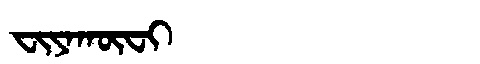
Manchu: ᠸᡳᠶᠠᡴᡡᠸᡳ
Romanization: FIYAKŪFI